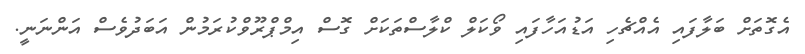
އެގޮތަށް ބަލާފައި އެއްޗެހި އަޑުއަހާފައި ވޯކަލް ކްލާސްތަކަށް ގޮސް އިމްޕްރޫވްކުރަމުން އަބަދުވެސް އަންނަނީ.